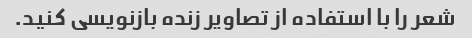
شعر را با استفاده از تصاویر زنده بازنویسی کنید.